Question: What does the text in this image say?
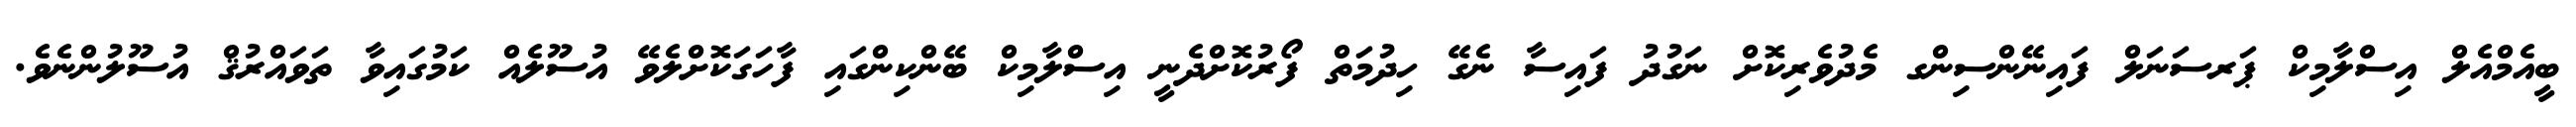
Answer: ބީއެމްއެލް އިސްލާމިކް ޕަރސަނަލް ފައިނޭންސިންގ މެދުވެރިކޮށް ނަގުދު ފައިސާ ނެގޭ ހިދުމަތް ފޯރުކޮށްދެނީ އިސްލާމިކް ބޭންކިންގައި ފާހަގަކޮށްލެވޭ އުސޫލެއް ކަމުގައިވާ ތަވައްރުޤް އުސޫލުންނެވެ.